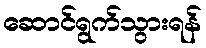
ဆောင်ရွက်သွားရန်